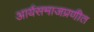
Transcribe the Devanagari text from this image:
आर्यसमाजप्रणीत